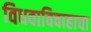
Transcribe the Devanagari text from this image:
विधवाविवाहाचा